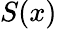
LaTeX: S(x)